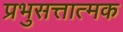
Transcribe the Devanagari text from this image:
प्रभुसत्तात्मक